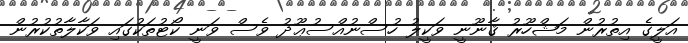
އަލީގެ އިތުރުން މަޝްހޫރު ޤާނޫނީ ވަކީލު ހުސްނުއްސުޢޫދު ވެސް ވަނީ ކޯޓުތަކުގައި ވަކާލާތުކުރުން